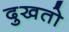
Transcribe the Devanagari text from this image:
दुखतो